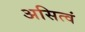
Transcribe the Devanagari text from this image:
असित्वं